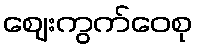
ဈေးကွက်ဝေစု